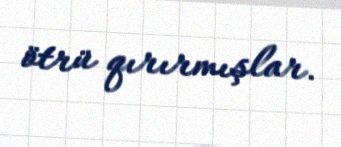
ötrü qırırmışlar.